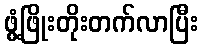
ဖွံ့ဖြိုးတိုးတက်လာပြီး